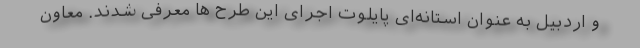
و اردبیل به عنوان استانه‌ای پایلوت اجرای این طرح ها معرفی شدند. معاون